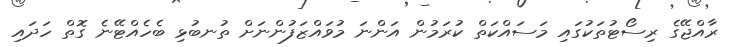
ރާއްޖޭގެ ރިސޯޓުތަކުގައި މަސައްކަތް ކުރަމުން އަންނަ މުވައްޒަފުންނަށް ތުނބުޅި ބެހެއްޓޭނެ ގޮތް ހަދައި